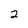
Character: 2